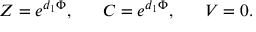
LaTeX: Z = e ^ { d _ { 1 } \Phi } , \ \ \ \ \ C = e ^ { d _ { 1 } \Phi } , \ \ \ \ \ V = 0 .